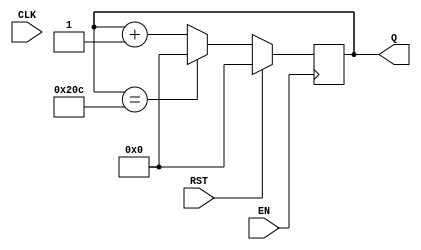
//Keep track of the VGA v address on 10-bit line, Q
//Only incremement v when EN is HI
//Rest brings the address back to 0
module vert_counter(Q, EN, CLK, RST);

output reg [9:0] Q; //10 bits needed for up to 524
input EN, CLK, RST;

//Make sure everything's in a known state
initial
begin
	Q <= 524;
end

//On each clock pulse...
always @(posedge EN)
begin
	//Check reset condition
	if (RST)
		Q <= 0;
	//Rollover if we hit max
	else if (Q == 524)
		Q <= 0;
	//Check that we're supposed to increment (TC from horiz_counter)
	else
		Q <= Q + 1;
end

endmodule